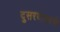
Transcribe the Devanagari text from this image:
दुसरयासाठी